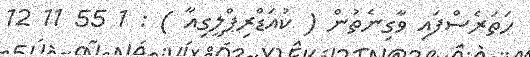
ހަތަރެސްފައި ވާގިނެތުން ( ކުއަޑްރިޕްލީގިއާ ) : 1 55 11 12